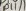
Text: D11/1